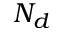
N _ { d }